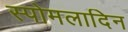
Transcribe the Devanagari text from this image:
स्पोमलादिन